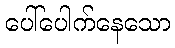
ပေါ်ပေါက်နေသော